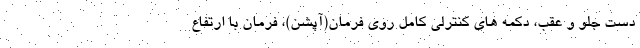
دست جلو و عقب، دکمه های کنترلی کامل روی فرمان(آپشن)، فرمان با ارتفاع